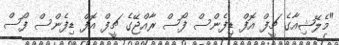
"މެލޭޝިއާގެ ޗީފް އޮފް ޑިފެންސް ފޯސް ރާއްޖޭގެ ޗީފް އޮފް ޑިފެންސް ފޯސް